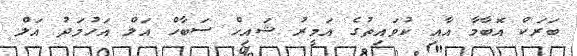
ބަރަކް އޮބާމާ އާއި ކުވައިތުގެ އަމީރު ޝައިހް ސަބާހް އަލް އަހުމަދު އަލް